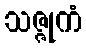
သဇ္ဇုကံ